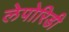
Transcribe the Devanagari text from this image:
लेपोरिडी